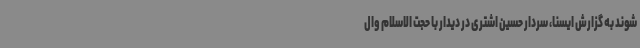
شوند به گزارش ایسنا، سردار حسین اشتری در دیدار با حجت الاسلام وال